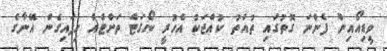
ވީޑިއޯއިން ފެންނަ ގޮތުގައި ތުއްތު ކުއްޖަކު އެހުރީ ޔޯގަޓް ތަށްޓެއް ހިފައިގެން އޭނާގެ